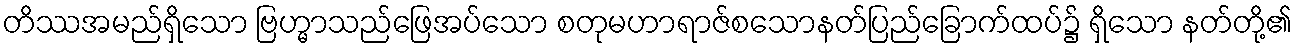
တိဿအမည်ရှိသော ဗြဟ္မာသည်ဖြေအပ်သော စတုမဟာရာဇ်စသောနတ်ပြည်ခြောက်ထပ်၌ ရှိသော နတ်တို့၏